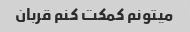
میتونم کمکت کنم قربان